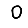
Digit: 0